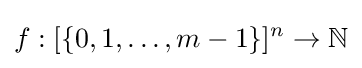
f:[\{0,1,\ldots ,m-1\}]^{n}\rightarrow \mathbb {N}